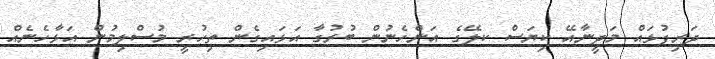
ދަރިފުޅައް މަދީނާއޭ ކިޔަސް ކލޭގެ އަންހެނުން ބުރުގާ އަޅައިގެން ތިހުރީ މުސްލިމުން އަޅާހެނެއް